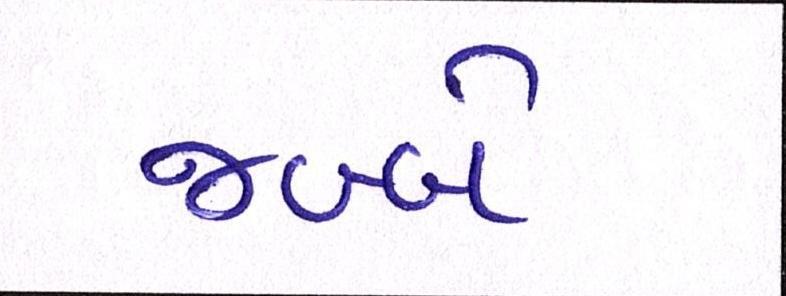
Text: જબ્બે